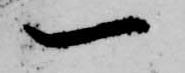
一